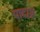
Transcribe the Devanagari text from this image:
पादाग्र